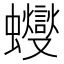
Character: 𧕊